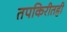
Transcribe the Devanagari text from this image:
तपकिरीतही